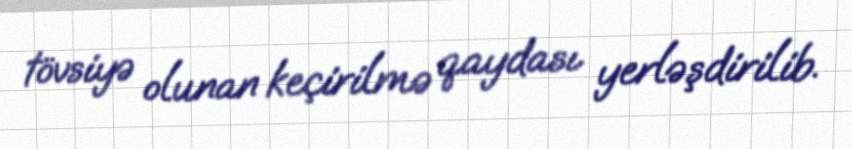
tövsiyə olunan keçirilmə qaydası yerləşdirilib.